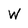
Character: W